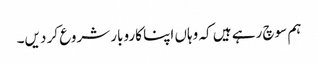
ہم سوچ رہے ہیں کہ وہاں اپنا کاروبار شروع کر دیں۔